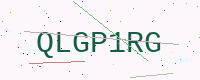
Text: QLGP1RG